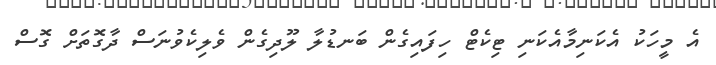
އެ މީހަކު އެކަނިމާއެކަނި ޓިކެޓް ހިފައިގެން ބަނޑުލާ ލޫދިގެން ވެލިކެވުނަސް ދާގޮތަށް ގޮސް